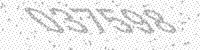
Solution: 037598